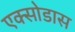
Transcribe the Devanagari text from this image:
एक्सोडास